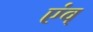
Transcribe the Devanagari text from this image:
एंव्